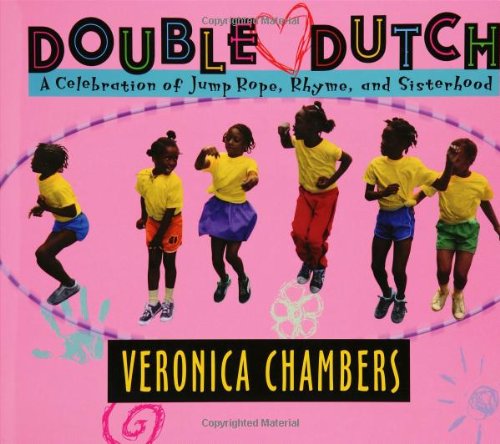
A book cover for Double Dutch: A Celebration of Jump Rope, Rhyme, and Sisterhood; Veronica Chambers; Teen & Young Adult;